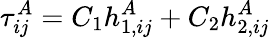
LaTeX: \tau_{ij}^{A}=C_{1}h_{1,ij}^{A}+C_{2}h_{2,ij}^{A}